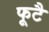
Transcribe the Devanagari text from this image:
फूटै